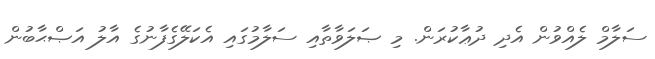
ސަލާމް ލެއްވުން އެދި ދުޢާކުރަން. މި ޞަލަވާތާއި ސަލާމުގައި އެކަލޭގެފާނުގެ އާލު އަޞްޙާބުން